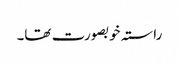
راستہ خوبصورت تھا۔